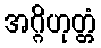
အဂ္ဂိဟုတ္တံ